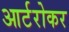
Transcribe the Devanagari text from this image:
आर्टरोकर